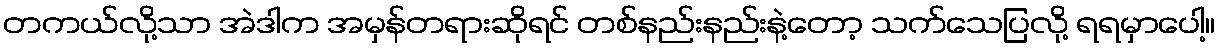
တကယ်လို့သာ အဲဒါက အမှန်တရားဆိုရင် တစ်နည်းနည်းနဲ့တော့ သက်သေပြလို့ ရရမှာပေါ့။